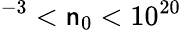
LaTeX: ^{-3}<\mathsf{n}_{0}<10^{20}